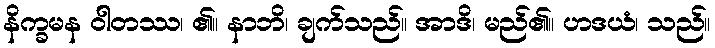
နိက္ခမန ဝါတဿ၊ ၏။ နာဘိ၊ ချက်သည်။ အာဒိ၊ မည်၏။ ဟဒယံ၊ သည်။